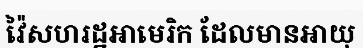
វ៉ៃសហរដ្ឋអាមេរិក ដែលមានអាយុ